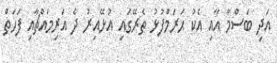
އަދި ބަސްމާ އާއި އެކު ޙަރަމްފުޅު ތެރޭގައި އުޅޭއިރު ދެ އަރިމައްޗާއި ފަހަތް